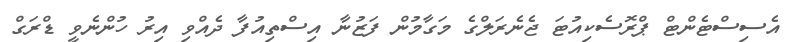
އެސިސްޓެންޓް ޕްރޮސެކިއުޓަ ޖެނެރަލްގެ މަގާމުން ފަޒުނާ އިސްތިއުފާ ދެއްވި އިރު ހުންނެވީ ޑްރަގް